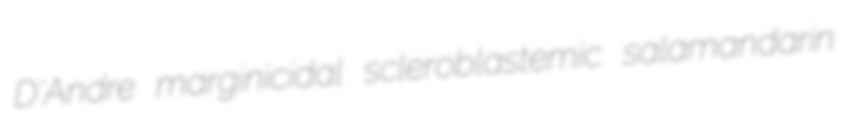
D'Andre marginicidal scleroblastemic salamandarin